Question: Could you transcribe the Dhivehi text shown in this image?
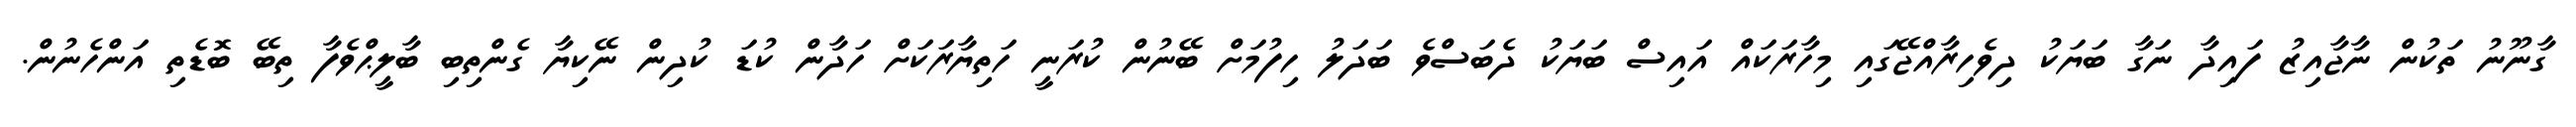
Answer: ގާނޫނު ތަކުން ނާޖާއިޒު ފައިދާ ނަގާ ބަޔަކު ދިވެހިރާއްޖޭގައި މިހާރަކައް އައިސް ބަޔަކު ދެބަސްވެ ބަދަލު ހިފުމަށް ބޭނުން ކުރަނީ ހަތިޔާރަކަށް ހަދާން ކުޑަ ކުދިން ނޭކިޔާ ގެންތިބި ބާލީޙްވެފާ ތިބޭ ބޮޑެތި އަންހެނުން.